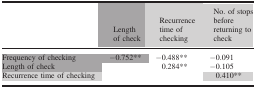
<table><thead><tr><td></td><td><b>Length of check</b></td><td><b>Recurrence time of checking</b></td><td><b>No. of stops before returning to check</b></td></tr></thead><tbody><tr><td>Frequency of checking</td><td>−0.752**</td><td>−0.488**</td><td>−0.091</td></tr><tr><td>Length of check</td><td></td><td>0.284**</td><td>−0.105</td></tr><tr><td>Recurrence time of checking</td><td></td><td></td><td>0.410**</td></tr></tbody></table>